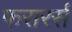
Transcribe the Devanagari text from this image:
फरारर्स